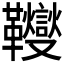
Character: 𩎃